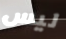
ليس